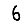
Digit: 6